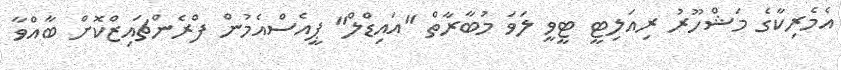
އެމެރިކާގެ މަޝްހޫރު ރިއަލިޓީ ޓީވީ ލަވަ މުބާރާތް "އައިޑްލް" ޕީއެސްއެމުން ފްރެންޗައިޒްކޮށް ބާއްވާ